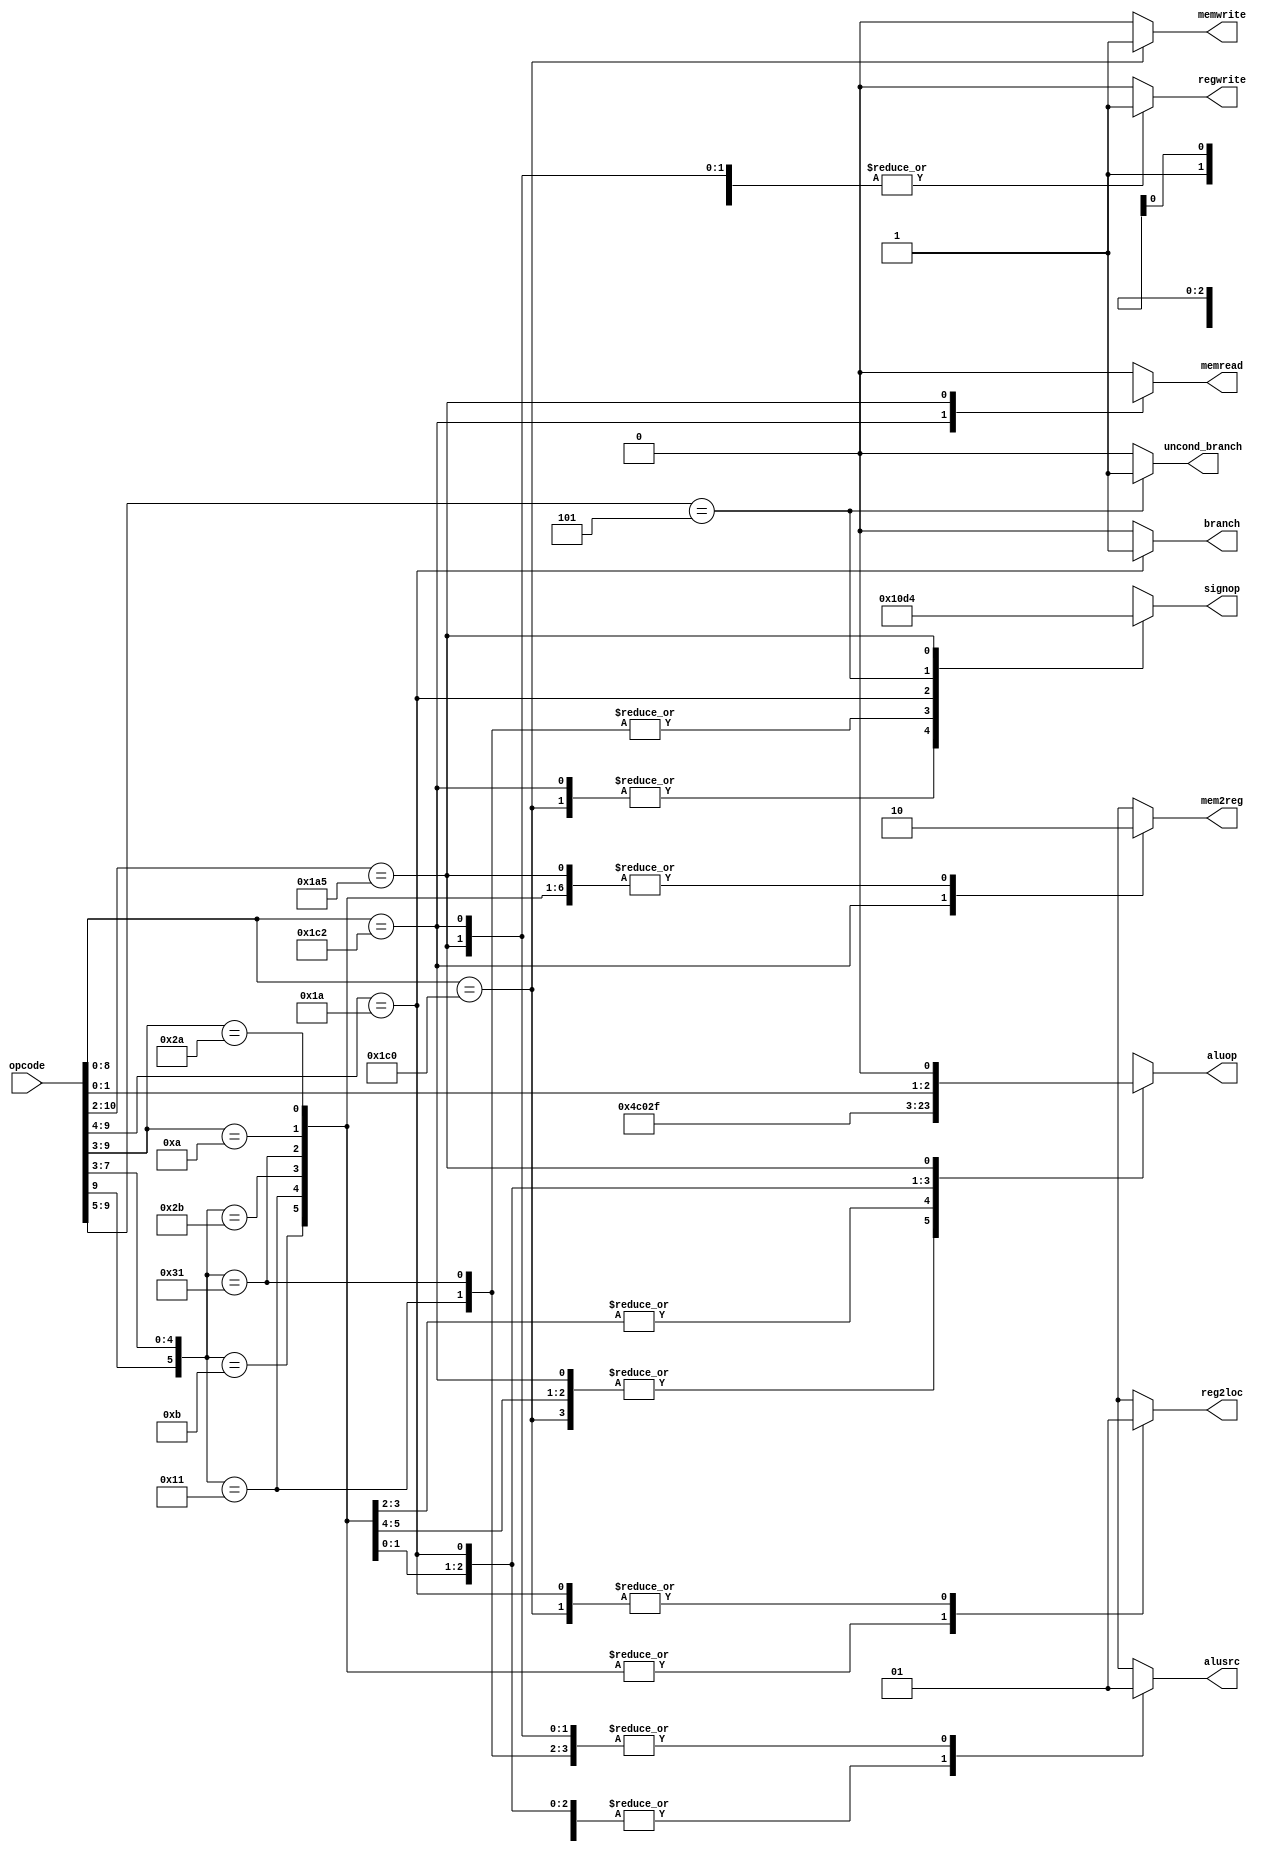
`define OPCODE_ANDREG 11'b?0001010???
`define OPCODE_ORRREG 11'b?0101010???
`define OPCODE_ADDREG 11'b?0?01011???
`define OPCODE_SUBREG 11'b?1?01011???

`define OPCODE_ADDIMM 11'b?0?10001???
`define OPCODE_SUBIMM 11'b?1?10001???

`define OPCODE_MOVZ   11'b110100101??

`define OPCODE_B      11'b?00101?????
`define OPCODE_CBZ    11'b?011010????

`define OPCODE_LDUR   11'b??111000010
`define OPCODE_STUR   11'b??111000000

module control(
    output reg reg2loc,
    output reg alusrc,
    output reg mem2reg,
    output reg regwrite,
    output reg memread,
    output reg memwrite,
    output reg branch,
    output reg uncond_branch,
    output reg [3:0] aluop,
    output reg [2:0] signop,
    input [10:0] opcode
);

always @(*) begin
    casez (opcode)
        `OPCODE_LDUR: begin
            reg2loc       <= 1'bx;
            alusrc        <= 1'b1;
            mem2reg       <= 1'b1;
            regwrite      <= 1'b1;
            memread       <= 1'b1;
            memwrite      <= 1'b0;
            branch        <= 1'b0;
            uncond_branch <= 1'b0;
            aluop         <= 4'b0010;
            signop        <= 3'b001;
        end
        `OPCODE_STUR: begin
            reg2loc       <= 1'b1;
            alusrc        <= 1'b1;
            mem2reg       <= 1'bx;
            regwrite      <= 1'b0;
            memread       <= 1'b0;
            memwrite      <= 1'b1;
            branch        <= 1'b0;
            uncond_branch <= 1'b0;
            aluop         <= 4'b0010;
            signop        <= 3'b001;
        end
        `OPCODE_ADDREG: begin
            reg2loc       <= 1'b0;
            alusrc        <= 1'b0;
            mem2reg       <= 1'b0;
            regwrite      <= 1'b1;
            memread       <= 1'b0;
            memwrite      <= 1'b0;
            branch        <= 1'b0;
            uncond_branch <= 1'b0;
            aluop         <= 4'b0010;
            signop        <= 3'bxxx;
        end
        `OPCODE_ADDIMM: begin
            reg2loc       <= 1'b0;
            alusrc        <= 1'b1;
            mem2reg       <= 1'b0;
            regwrite      <= 1'b1;
            memread       <= 1'b0;
            memwrite      <= 1'b0;
            branch        <= 1'b0;
            uncond_branch <= 1'b0;
            aluop         <= 4'b0010;
            signop        <= 3'b000;
        end
        `OPCODE_SUBREG: begin
            reg2loc       <= 1'b0;
            alusrc        <= 1'b0;
            mem2reg       <= 1'b0;
            regwrite      <= 1'b1;
            memread       <= 1'b0;
            memwrite      <= 1'b0;
            branch        <= 1'b0;
            uncond_branch <= 1'b0;
            aluop         <= 4'b0110;
            signop        <= 3'bxxx;
        end
        `OPCODE_SUBIMM: begin
            reg2loc       <= 1'b0;
            alusrc        <= 1'b1;
            mem2reg       <= 1'b0;
            regwrite      <= 1'b1;
            memread       <= 1'b0;
            memwrite      <= 1'b0;
            branch        <= 1'b0;
            uncond_branch <= 1'b0;
            aluop         <= 4'b0110;
            signop        <= 3'b000;
        end
        `OPCODE_ANDREG: begin
            reg2loc       <= 1'b0;
            alusrc        <= 1'b0;
            mem2reg       <= 1'b0;
            regwrite      <= 1'b1;
            memread       <= 1'b0;
            memwrite      <= 1'b0;
            branch        <= 1'b0;
            uncond_branch <= 1'b0;
            aluop         <= 4'b0000;
            signop        <= 3'bxxx;
        end
        `OPCODE_ORRREG: begin
            reg2loc       <= 1'b0;
            alusrc        <= 1'b0;
            mem2reg       <= 1'b0;
            regwrite      <= 1'b1;
            memread       <= 1'b0;
            memwrite      <= 1'b0;
            branch        <= 1'b0;
            uncond_branch <= 1'b0;
            aluop         <= 4'b0001;
            signop        <= 3'bxxx;
        end
        `OPCODE_CBZ: begin
            reg2loc       <= 1'b1;
            alusrc        <= 1'b0;
            mem2reg       <= 1'bx;
            regwrite      <= 1'b0;
            memread       <= 1'b0;
            memwrite      <= 1'b0;
            branch        <= 1'b1;
            uncond_branch <= 1'b0;
            aluop         <= 4'b0111;
            signop        <= 3'b011;
        end
        `OPCODE_B: begin
            reg2loc       <= 1'bx;
            alusrc        <= 1'bx;
            mem2reg       <= 1'bx;
            regwrite      <= 1'b0;
            memread       <= 1'b0;
            memwrite      <= 1'b0;
            branch        <= 1'b0;
            uncond_branch <= 1'b1;
            aluop         <= 4'bxxxx;
            signop        <= 3'b010;
        end
        `OPCODE_MOVZ: begin
            //#0 $display("\tExecuting MOVZ instruction, aluop = %b.", {1'b1, opcode[1:0], 1'b0});
            reg2loc       <= 1'bx;
            alusrc        <= 1'b1;
            mem2reg       <= 1'b0;
            regwrite      <= 1'b1;
            memread       <= 1'bx;
            memwrite      <= 1'b0;
            branch        <= 1'b0;
            uncond_branch <= 1'b0;
            aluop         <= {1'b1, opcode[1:0], 1'b0};
            signop        <= 3'b100;
        end
        default: begin
            reg2loc       <= 1'bx;
            alusrc        <= 1'bx;
            mem2reg       <= 1'bx;
            regwrite      <= 1'b0;
            memread       <= 1'b0;
            memwrite      <= 1'b0;
            branch        <= 1'b0;
            uncond_branch <= 1'b0;
            aluop         <= 4'bxxxx;
            signop        <= 3'bxxx;
        end
    endcase
end

endmodule